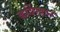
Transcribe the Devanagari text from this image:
कर्बिस्तान